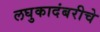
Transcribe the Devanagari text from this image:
लघुकादंबरीचे